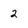
Character: 2